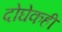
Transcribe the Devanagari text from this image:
दोघेकही